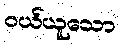
ဝယ်ယူသော